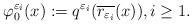
LaTeX: \begin{align*}\varphi ^{\varepsilon_i }_0(x):=q^{\varepsilon_i } (\overline{r_{\varepsilon_i}} (x)), i\geq 1.\end{align*}